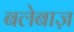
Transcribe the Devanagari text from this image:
बलेबाज़